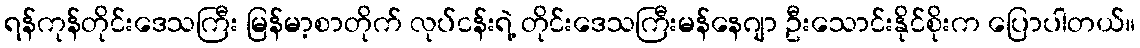
ရန်ကုန်တိုင်းဒေသကြီး မြန်မာ့စာတိုက် လုပ်ငန်းရဲ့ တိုင်းဒေသကြီးမန်နေဂျာ ဦးသောင်းနိုင်စိုးက ပြောပါတယ်။